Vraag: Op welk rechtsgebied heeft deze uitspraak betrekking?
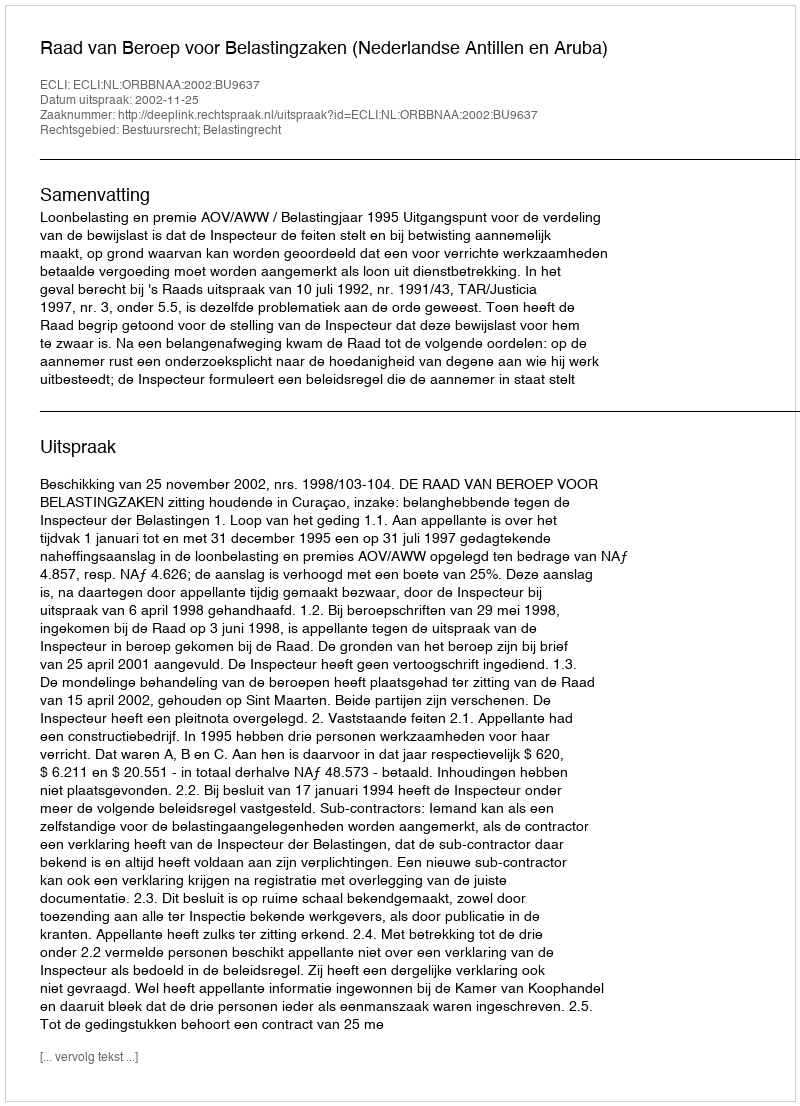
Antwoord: Bestuursrecht; Belastingrecht